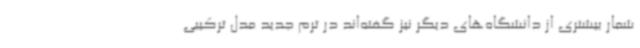
شمار بیشتری از دانشگاه‌های دیگر نیز گفته‌اند در ترم جدید مدل ترکیبی